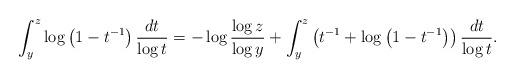
LaTeX: \begin{align*}\int_{y}^{z}\log\left(1-t^{-1}\right)\frac{dt}{\log t}=-\log\frac{\log z}{\log y}+\int_{y}^{z}\left(t^{-1}+\log\left(1-t^{-1}\right)\right)\frac{dt}{\log t}.\end{align*}